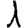
Digit: 1